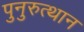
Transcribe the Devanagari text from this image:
पुनुरुत्थान